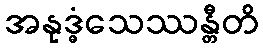
အနုဒ္ဓံသေဿန္တီတိ